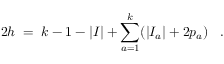
2 h \; = \; k - 1 - | I | + \sum _ { a = 1 } ^ { k } ( | I _ { a } | + 2 p _ { a } ) \; \; \; .